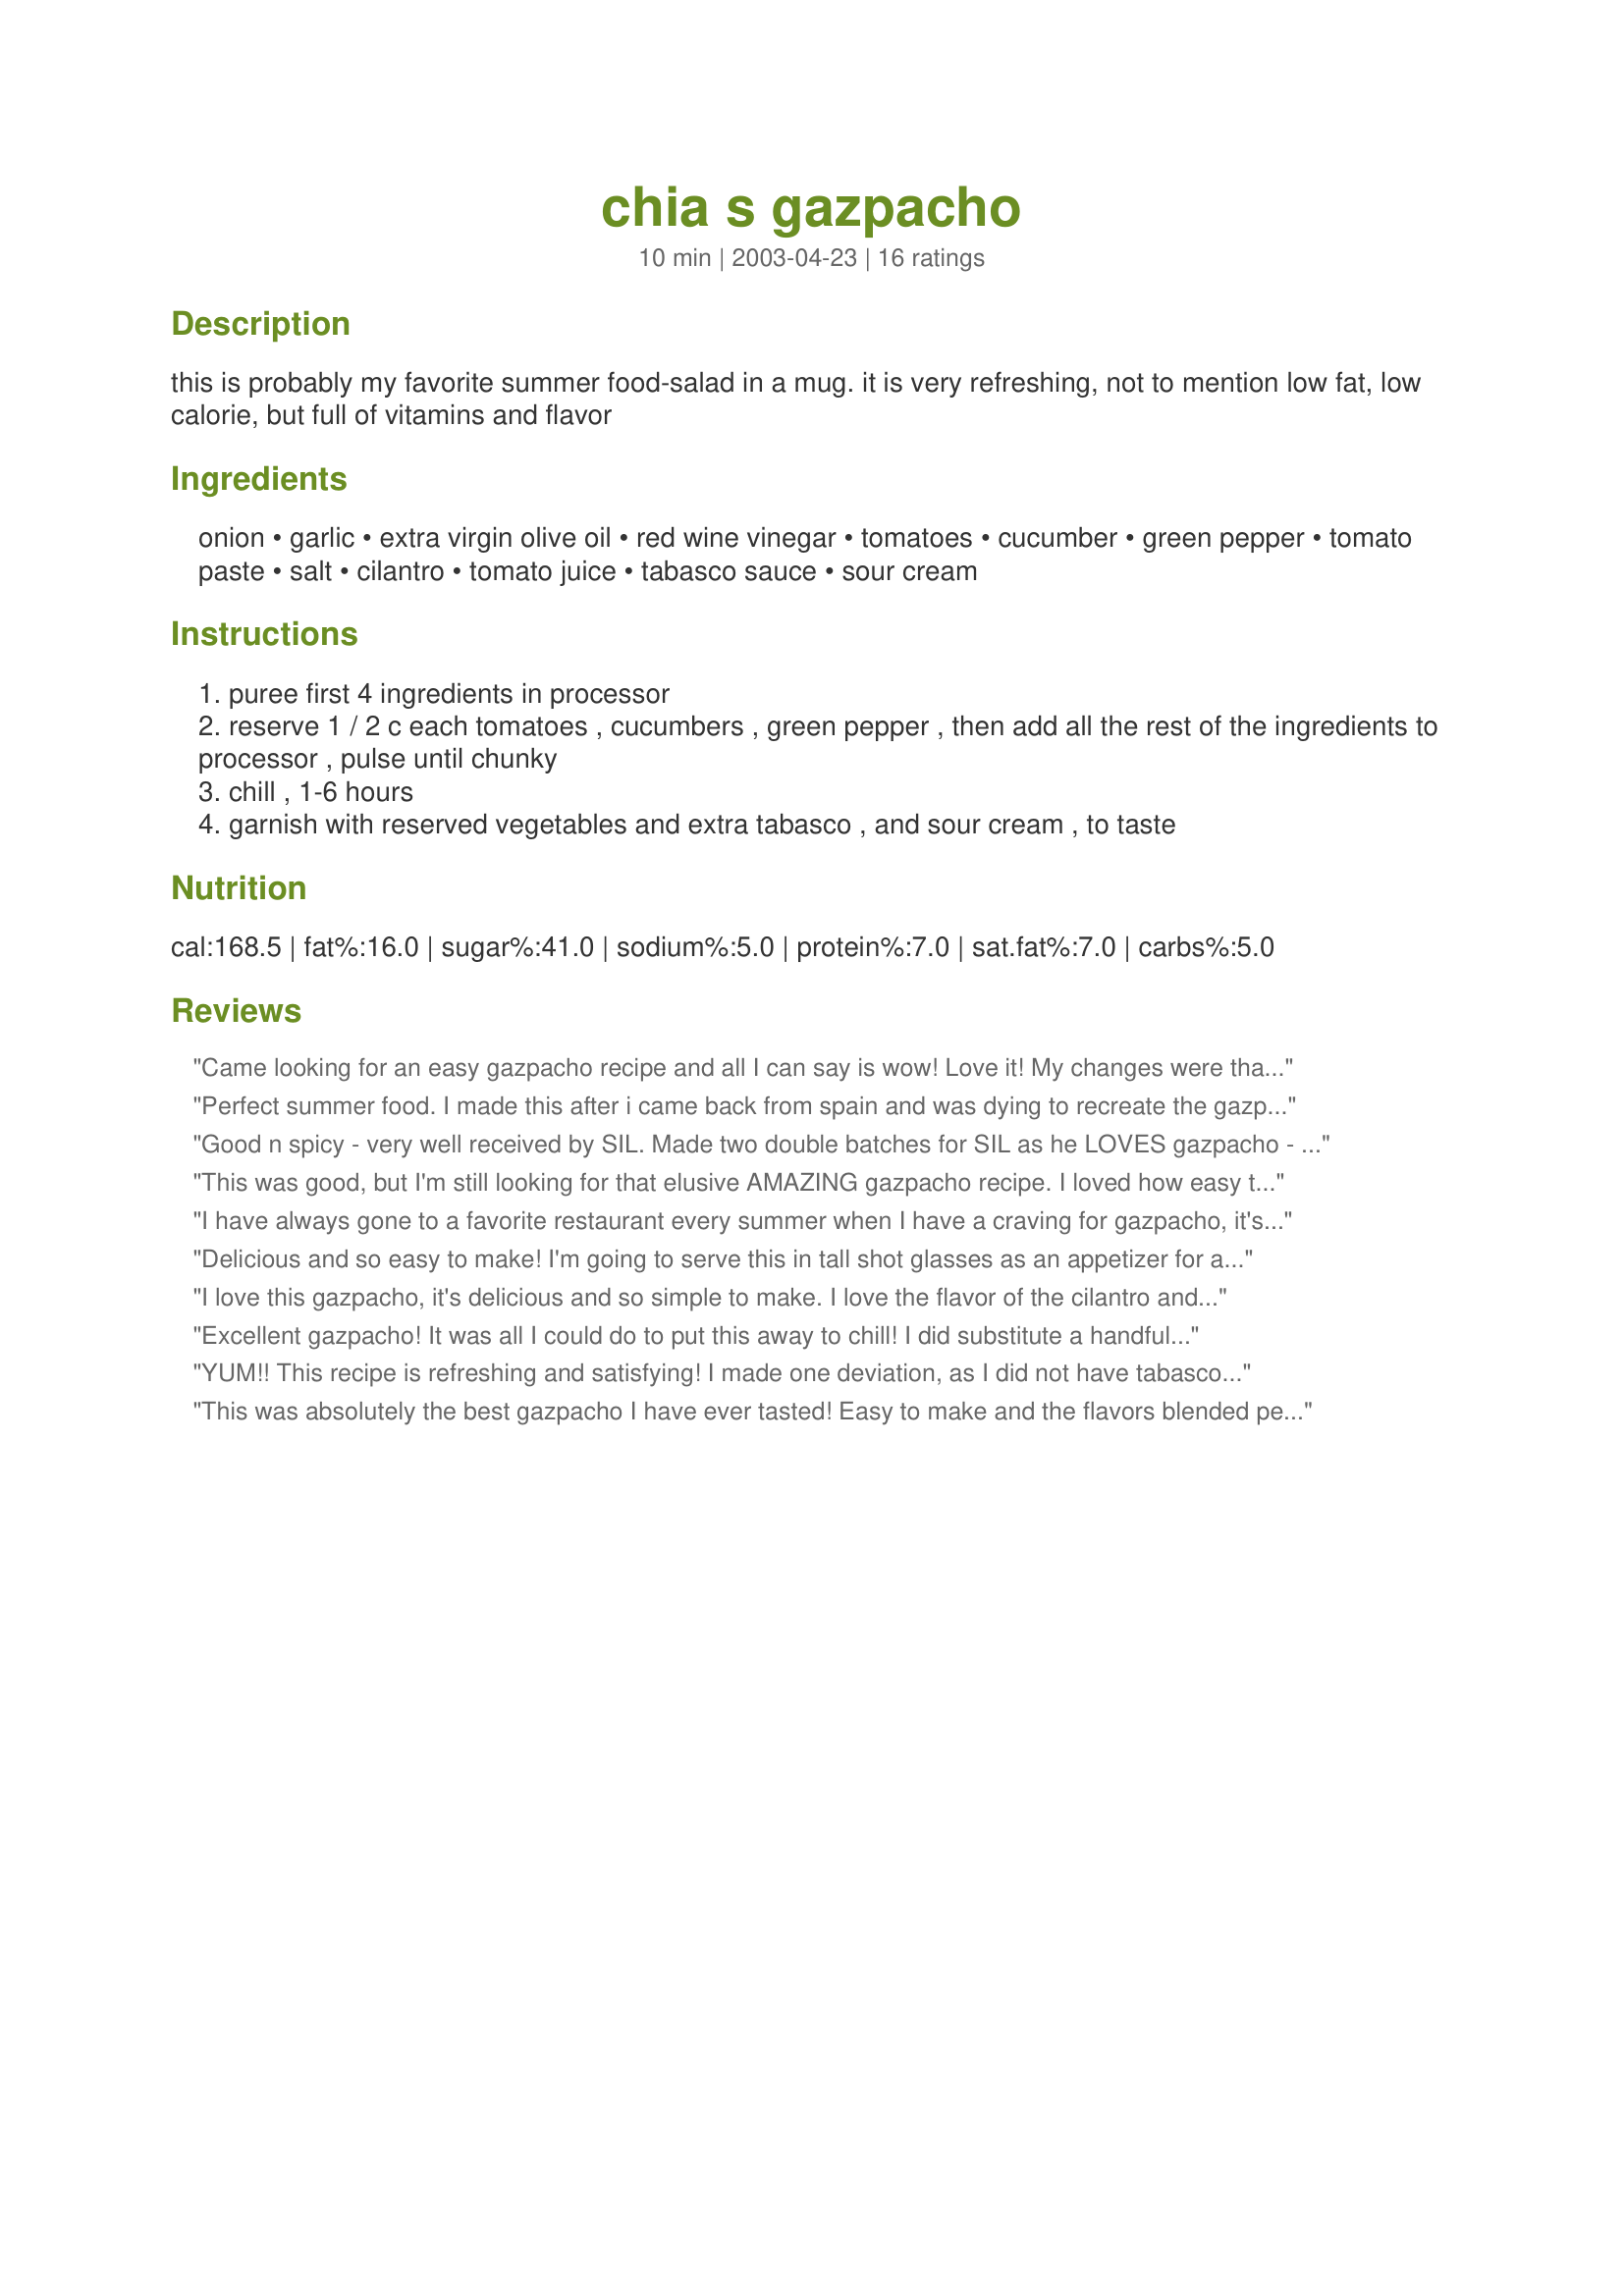
chia s gazpacho
Preparation time: 10 minutes

this is probably my favorite summer food-salad in a mug. it is very refreshing, not to mention low fat, low calorie, but full of vitamins and flavor

Ingredients:
onion, garlic, extra virgin olive oil, red wine vinegar, tomatoes, cucumber, green pepper, tomato paste, salt, cilantro, tomato juice, tabasco sauce, sour cream

Steps:
puree first 4 ingredients in processor
reserve 1 / 2 c each tomatoes , cucumbers , green pepper , then add all the rest of the ingredients to processor , pulse until chunky
chill , 1-6 hours
garnish with reserved vegetables and extra tabasco , and sour cream , to taste

Reviews:
Came looking for an easy gazpacho recipe and all I can say is wow! Love it! My changes were that I deleted the tomato paste because I didn't have any on hand and added some sliced jalapenos that we had in the fridge. As good as this is after a couple of hours, its is even better the next day.
Perfect summer food. I made this after i came back from spain and was dying to recreate the gazpacho i ate there. thanks!
Good n spicy - very well received by SIL. Made two double batches for SIL as he LOVES gazpacho - said this is the best he's tasted "hands down". I changed the tomato juice to spicy V8 as that's what I had on hand and added one jalapeno per each double batch - otherwise followed the recipe as written. Can't wait to get home and make myself a batch - thanks for posting Ghia.
This was good, but I'm still looking for that elusive AMAZING gazpacho recipe. I loved how easy this was, but missed that spicy smoothness I look for. I did use 1/2 the olive oil and added more tomato juice (and tons of hot sauce) but otherwise followed the instructions.
I have always gone to a favorite restaurant every summer when I have a craving for gazpacho, it's the perfect summer dish! My mom and I made this yesterday for lunch and we no longer need to go to the restaurant...THANKS Chia, it was delicious! We also garnished it with homemeade garlic croutons too.
Delicious and so easy to make! I'm going to serve this in tall shot glasses as an appetizer for a bridal shower.
I love this gazpacho, it's delicious and so simple to make. I love the flavor of the cilantro and garlic. I added a little extra garlic and garnished it with toasted croutons. This one's a keeper. Thanks for a wonderful recipe Chia!
Excellent gazpacho! It was all I could do to put this away to chill! I did substitute a handful of seranos & jalapenos from the garden (what I had on hand) and it was absolute perfection! Thanks for posting this wonderful recipe!!!
YUM!! This recipe is refreshing and satisfying! I made one deviation, as I did not have tabasco, so I put a couple of jalape&ntilde;os in to puree, too. I served it with chopped cooked/chilled shrimp and olive oil-herb baguette, for a fully satisfying meal.
This was absolutely the best gazpacho I have ever tasted!
Easy to make and the flavors blended perfectly.
Thanks for a great recipe!
Such a good lunch - low cal & good for you!! I used an English cucumber (my preference) so I didn't have to deseed. Thanx Chia!
I am a big fan of Gazpacho soups, but because of some allergies, I can't eat it loaded down with jalapenos and Tabasco. I choose this recipe because I had 2 T tomato paste frozen in the freezer... cukes, baby peppers and tomatoes to use up. I loved this soup because of the simplistic ingredients, but...do use caution on how much onion and garlic you use. This "mild mannered" soup packs a good punch. I had added a half sweet onion and 2 large garlic and ended up having to dilute it with some tomato juice. (my bad!!) As my DH and DD are not big fans of cilantro, I can see myself eating this soup quite happily... all by myself!!! Thanks Chia
A+ this is excellent. The flavors are excellent. The only changes I made was to use 1/2 flax oil and 1/2 olive oil for the health benefits, an additional clove of garlic instead of the tabasco, and 3T tomato paste for the tomato juice for thickness, and the fact that I didn't have tomato juice.
WOW, this is a great summer soup. With our summer temps souring into the triple digits this is refreshing and jazzy on a hot summer evening.
Easy, fresh &amp; delicious!
This is great when you`re gardening and need a quick fix! 
Open the fridge and it`s there waiting for you! Pour and drink.
I pureed it all in a blender. How easy can it be. Chilled it! And then served it topped with yogurt and fresh chopped cilantro!
